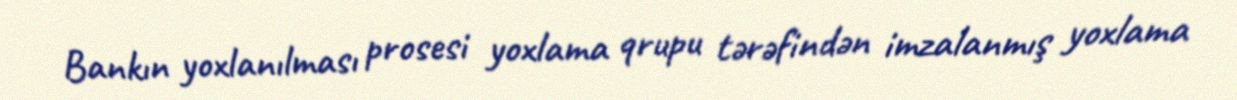
Bankın yoxlanılması prosesi yoxlama qrupu tərəfindən imzalanmış yoxlama